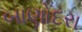
બાણોદરા